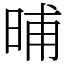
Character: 晡